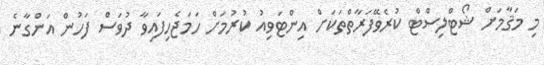
މި މަޤާމަށް ޝޯޓްލިސްޓް ކުރެވޭފަރާތްތަކަށް އިންޓަވިއު ކުރުމަށް ހަމަޖެހިފައިވާ ދުވަސް ފަހުން އަންގާނެ